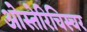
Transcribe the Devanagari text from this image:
ओस्तेरिचिस्चर